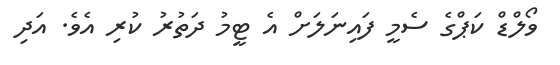
ވޯލްޑް ކަޕްގެ ސެމީ ފައިނަލަށް އެ ޓީމު ދަތުރު ކުރި އެވެ. އަދި